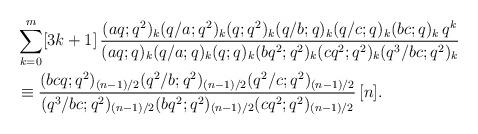
LaTeX: \begin{align*}&\sum_{k=0}^m[3k+1]\,\frac{(aq;q^2)_k(q/a;q^2)_k(q;q^2)_k(q/b;q)_k(q/c;q)_k(bc;q)_k\,q^k}{(aq;q)_k(q/a;q)_k(q;q)_k(bq^2;q^2)_k(cq^2;q^2)_k(q^3/bc;q^2)_k}\\ &\equiv\frac{(bcq;q^2)_{(n-1)/2} (q^2/b;q^2)_{(n-1)/2} (q^2/c;q^2)_{(n-1)/2}}{(q^3/bc;q^2)_{(n-1)/2}(bq^2;q^2)_{(n-1)/2}(cq^2;q^2)_{(n-1)/2}}\,[n].\end{align*}